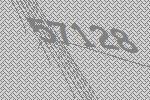
57128